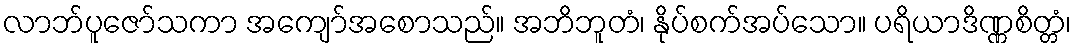
လာဘ်ပူဇော်သကာ အကျော်အစောသည်။ အဘိဘူတံ၊ နိုပ်စက်အပ်သော။ ပရိယာဒိဏ္ဏစိတ္တံ၊